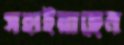
সহাইয়াছেন